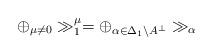
LaTeX: \begin{align*}\oplus_{\mu\not=0}\gg_{1}^{\mu}=\oplus_{\alpha\in\Delta_{1}\backslash{A}^{\perp}}\gg_{\alpha}\end{align*}